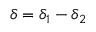
\delta = \delta _ { 1 } - \delta _ { 2 }